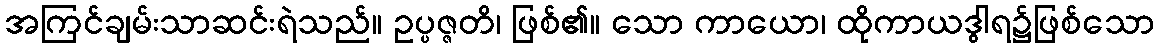
အကြင်ချမ်းသာဆင်းရဲသည်။ ဥပ္ပဇ္ဇတိ၊ ဖြစ်၏။ သော ကာယော၊ ထိုကာယဒွါရ၌ဖြစ်သော